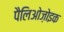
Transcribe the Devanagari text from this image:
पैलिओज़ोइक